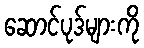
ဆောင်ပုဒ်များကို